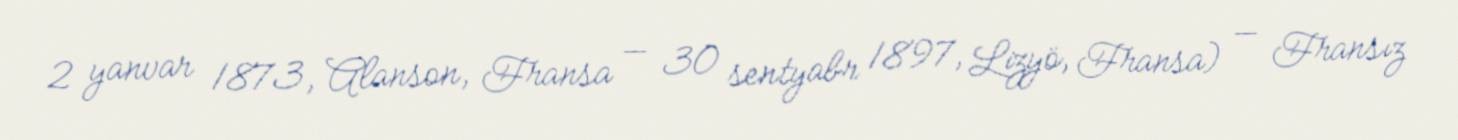
2 yanvar 1873, Alanson, Fransa — 30 sentyabr 1897, Lizyö, Fransa) — Fransız